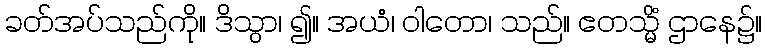
ခတ်အပ်သည်ကို။ ဒိသွာ၊ ၍။ အယံ၊ ဝါတော၊ သည်။ ဧတသ္မိံ ဌာနေ၌။